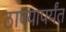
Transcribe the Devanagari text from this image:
ठाण्यापर्यंत